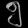
Digit: ၅